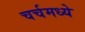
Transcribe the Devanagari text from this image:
चर्चमध्‍ये